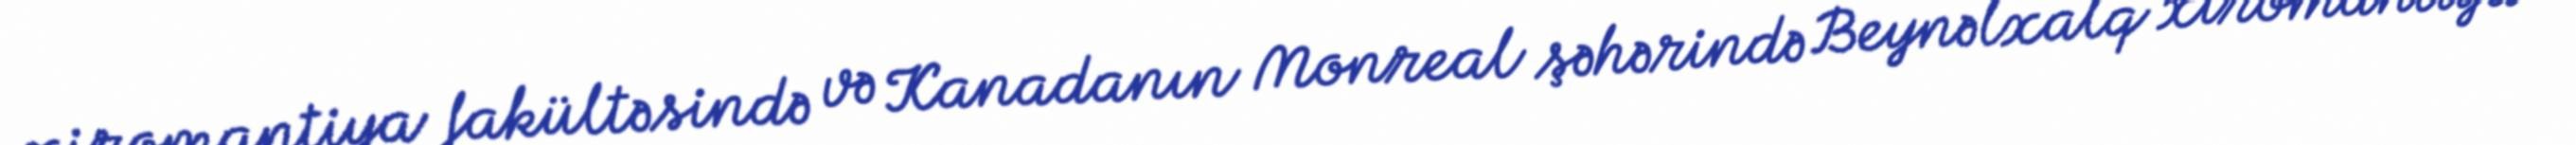
xiromantiya fakültəsində və Kanadanın Monreal şəhərində Beynəlxalq xiromantiya